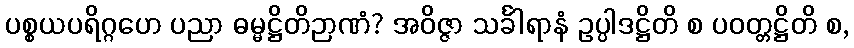
ပစ္စယပရိဂ္ဂဟေ ပညာ ဓမ္မဋ္ဌိတိဉာဏံ? အဝိဇ္ဇာ သင်္ခါရာနံ ဥပ္ပါဒဋ္ဌိတိ စ ပဝတ္တဋ္ဌိတိ စ,